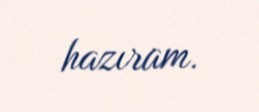
hazıram.